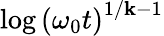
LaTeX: \log\left(\omega_{0}t\right)^{1/\mathbf{k}-1}